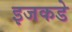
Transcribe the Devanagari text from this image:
इजकडे